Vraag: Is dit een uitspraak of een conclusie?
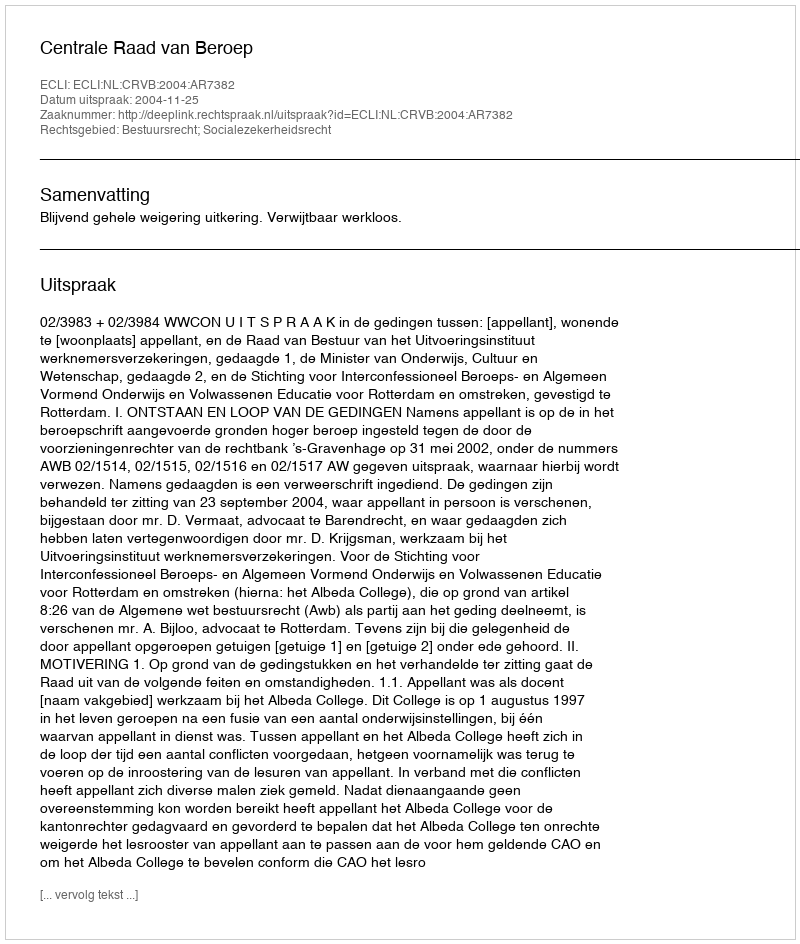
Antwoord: Uitspraak